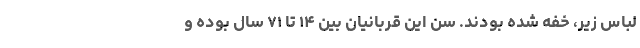
لباس زیر، خفه شده بودند. سن این قربانیان بین ۱۴ تا ۷۱ سال بوده و